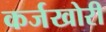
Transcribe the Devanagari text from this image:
कर्जखोरी